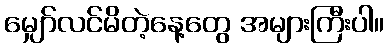
မျှော်လင်မိတဲ့နေ့တွေ အများကြီးပါ။